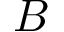
B